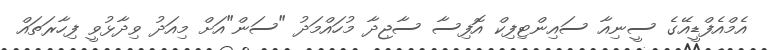
އެމްއެފްޑީއޭގެ ސީނިއާ ސައިންޓިފިކް އޮފިސާ ސާޖިދާ މުހައްމަދު "ސަން"އަށް މިއަދު ވިދާޅުވީ ފިހާރަތައް